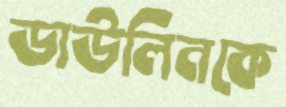
ডাউলিনকে